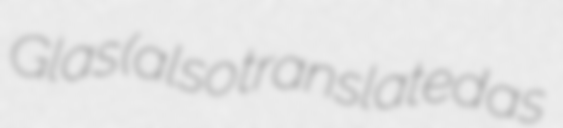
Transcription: Glas (also translated as